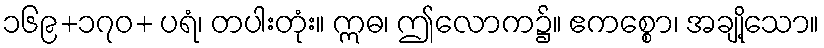
၁၆၉+၁၇၀+ ပရံ၊ တပါးတုံး။ ဣဓ၊ ဤလောက၌။ ဧကစ္စော၊ အချို့သော။